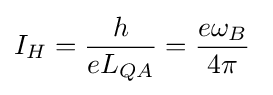
I_{H}={\frac {h}{eL_{QA}}}={\frac {e\omega _{B}}{4\pi }}\